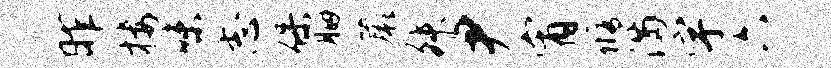
昨楼味志保胭蕨舛尹宵修满宇六